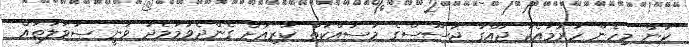
ކަން މިހެން ހުރުމާއެކު ޖައްގާ ޖާސޫސްގެ މަސައްކަތް ކުރިއަށް ގެންދެވުމާމެދު ވަނީ ސުވާލުތައް